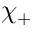
\chi _ { + }